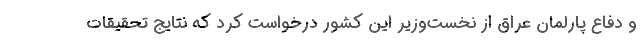
و دفاع پارلمان عراق از نخست‌وزیر این کشور درخواست کرد که نتایج تحقیقات